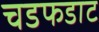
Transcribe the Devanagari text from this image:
चडफडाट